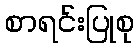
စာရင်းပြုစု